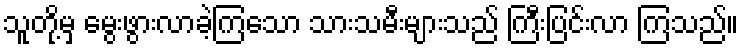
သူတို့မှ မွေးဖွားလာခဲ့ကြသော သားသမီးများသည် ကြီးပြင်းလာ ကြသည်။